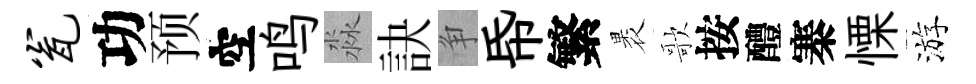
瓮功预空鸣淼訣争帋繁褁歌按醴寨慄游